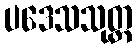
ပဒေသသုတ္တ